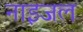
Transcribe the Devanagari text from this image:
नाइजल